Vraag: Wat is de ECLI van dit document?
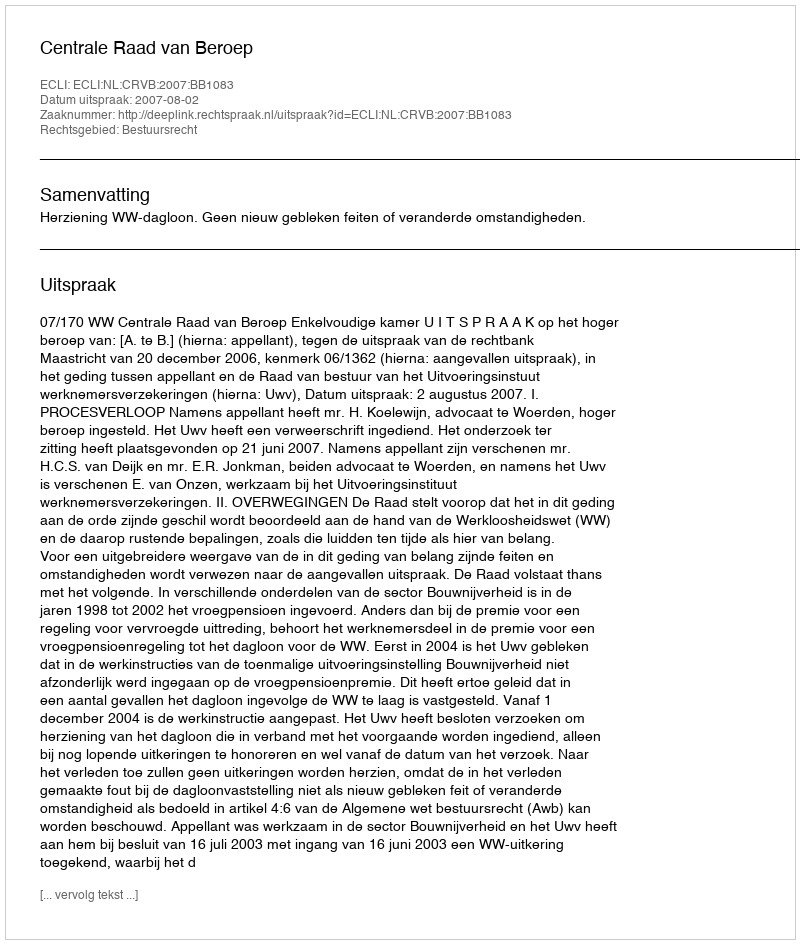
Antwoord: ECLI:NL:CRVB:2007:BB1083